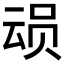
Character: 𮷎